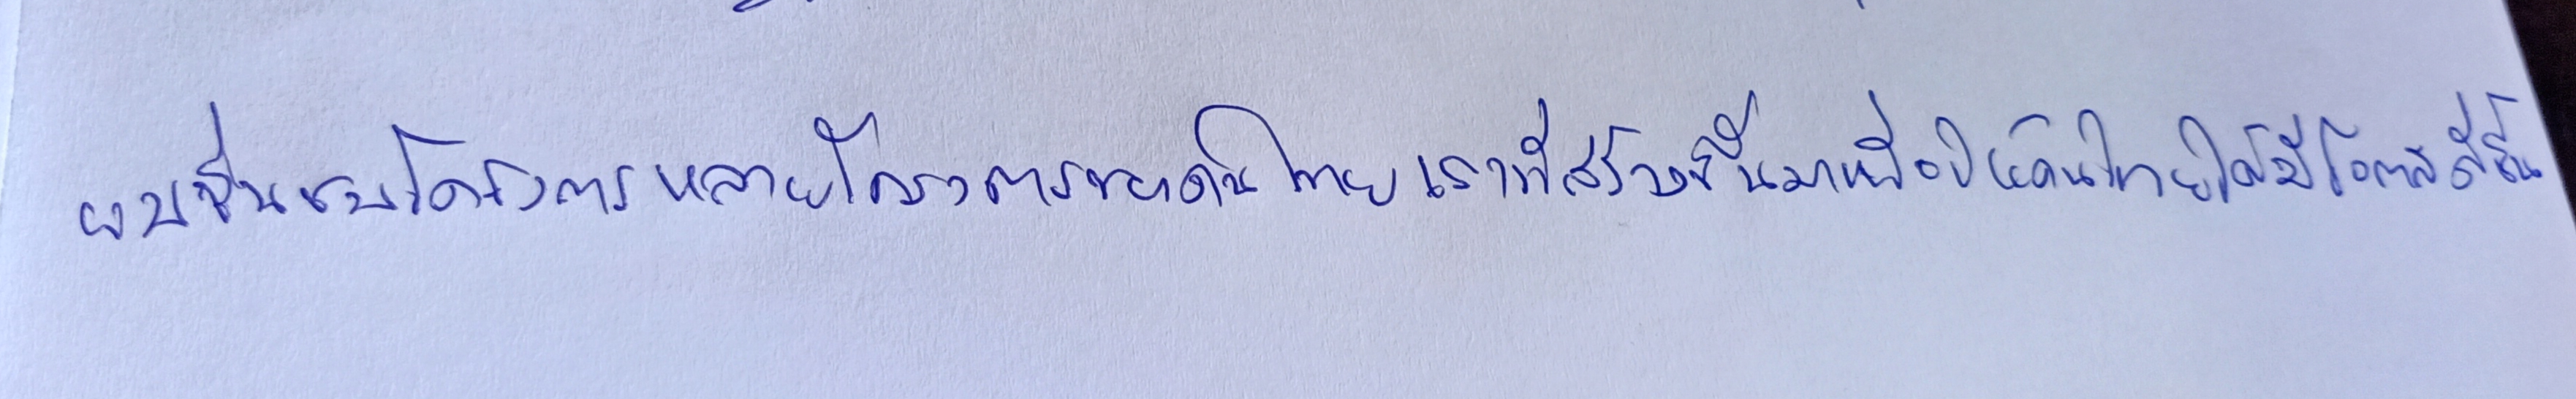
ผมชื่นชมโครงการหลายโครงการของคนไทยเราที่สร้างขึ้นมาเพื่อให้คนไทยได้มีโอกาสดีขึ้น